Leprosy in India: report of the Leprosy Commission in India, 1890-91
Year: 1890
Disease focus: Leprosy
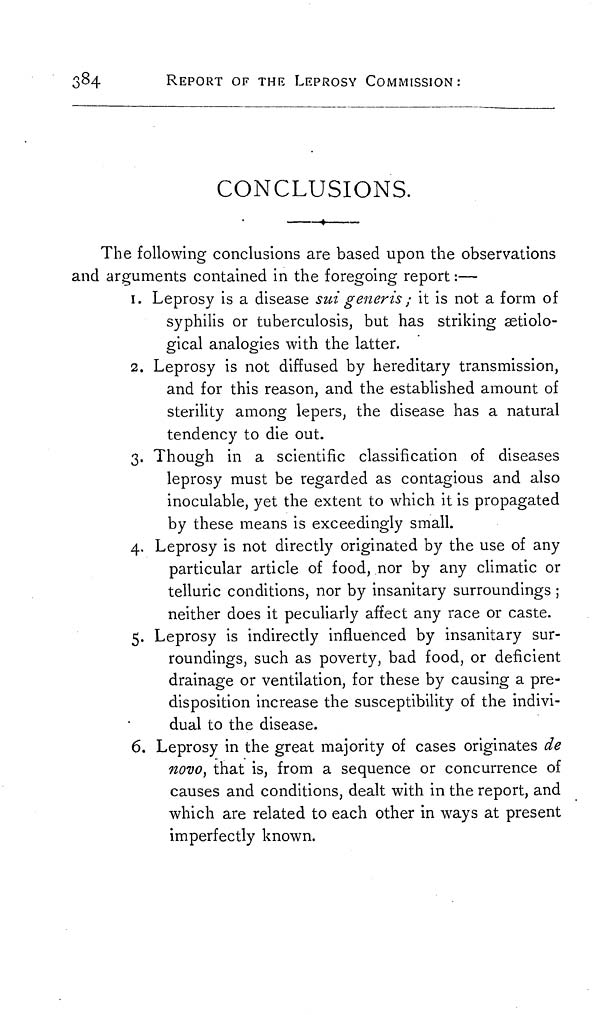
384
REPORT OF THE LEPROSY COMMISSION:
CONCLUSIONS.
The following conclusions are based upon the observations
and arguments contained in the foregoing report :—
1. Leprosy is a disease sui generis ; it is not a form of
syphilis or tuberculosis, but has striking aetiolo-
gical analogies with the latter.
2. Leprosy is not diffused by hereditary transmission,
and for this reason, and the established amount of
sterility among lepers, the disease has a natural
tendency to die out.
3. Though in a scientific classification of diseases
leprosy must be regarded as contagious and also
inoculable, yet the extent to which it is propagated
by these means is exceedingly small.
4. Leprosy is not directly originated by the use of any
particular article of food, nor by any climatic or
telluric conditions, nor by insanitary surroundings ;
neither does it peculiarly affect any race or caste.
5. Leprosy is indirectly influenced by insanitary sur-
roundings, such as poverty, bad food, or deficient
drainage or ventilation, for these by causing a pre-
disposition increase the susceptibility of the indivi-
dual to the disease.
6. Leprosy in the great majority of cases originates de
novo, that is, from a sequence or concurrence of
causes and conditions, dealt with in the report, and
which are related to each other in ways at present
imperfectly known.